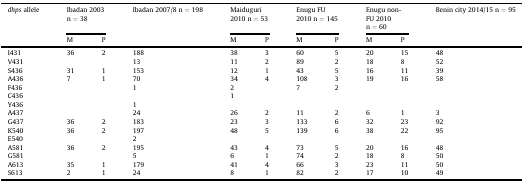
<table><thead><tr><td rowspan="2"><b><i>dhps</i> allele</b></td><td colspan="2"><b>Ibadan 2003 n = 38</b></td><td rowspan="2"><b>Ibadan 2007/8 n = 198</b></td><td colspan="2"><b>Maiduguri 2010 n = 53</b></td><td colspan="2"><b>Enugu FU 2010 n = 145</b></td><td colspan="2"><b>Enugu non-FU 2010 n = 60</b></td><td rowspan="2"><b>Benin city 2014/15 n = 95</b></td></tr><tr><td><b>M</b></td><td><b>P</b></td><td><b>M</b></td><td><b>P</b></td><td><b>M</b></td><td><b>P</b></td><td><b>M</b></td><td><b>P</b></td></tr></thead><tbody><tr><td>I431</td><td>36</td><td>2</td><td>188</td><td>38</td><td>3</td><td>60</td><td>5</td><td>20</td><td>15</td><td>48</td></tr><tr><td>V431</td><td>[EMPTY_CELL]</td><td>[EMPTY_CELL]</td><td>13</td><td>11</td><td>2</td><td>89</td><td>2</td><td>18</td><td>8</td><td>52</td></tr><tr><td>S436</td><td>31</td><td>1</td><td>153</td><td>12</td><td>1</td><td>43</td><td>5</td><td>16</td><td>11</td><td>39</td></tr><tr><td>A436</td><td>7</td><td>1</td><td>70</td><td>34</td><td>4</td><td>108</td><td>3</td><td>19</td><td>16</td><td>58</td></tr><tr><td>F436</td><td>[EMPTY_CELL]</td><td>[EMPTY_CELL]</td><td>1</td><td>2</td><td>[EMPTY_CELL]</td><td>7</td><td>2</td><td>[EMPTY_CELL]</td><td>[EMPTY_CELL]</td><td>[EMPTY_CELL]</td></tr><tr><td>C436</td><td>[EMPTY_CELL]</td><td>[EMPTY_CELL]</td><td>[EMPTY_CELL]</td><td>1</td><td>[EMPTY_CELL]</td><td>[EMPTY_CELL]</td><td>[EMPTY_CELL]</td><td>[EMPTY_CELL]</td><td>[EMPTY_CELL]</td><td>[EMPTY_CELL]</td></tr><tr><td>Y436</td><td>[EMPTY_CELL]</td><td>[EMPTY_CELL]</td><td>1</td><td>[EMPTY_CELL]</td><td>[EMPTY_CELL]</td><td>[EMPTY_CELL]</td><td>[EMPTY_CELL]</td><td>[EMPTY_CELL]</td><td>[EMPTY_CELL]</td><td>[EMPTY_CELL]</td></tr><tr><td>A437</td><td>[EMPTY_CELL]</td><td>[EMPTY_CELL]</td><td>24</td><td>26</td><td>2</td><td>11</td><td>2</td><td>6</td><td>1</td><td>3</td></tr><tr><td>G437</td><td>36</td><td>2</td><td>183</td><td>23</td><td>3</td><td>133</td><td>6</td><td>32</td><td>23</td><td>92</td></tr><tr><td>K540</td><td>36</td><td>2</td><td>197</td><td>48</td><td>5</td><td>139</td><td>6</td><td>38</td><td>22</td><td>95</td></tr><tr><td>E540</td><td>[EMPTY_CELL]</td><td>[EMPTY_CELL]</td><td>2</td><td>[EMPTY_CELL]</td><td>[EMPTY_CELL]</td><td>[EMPTY_CELL]</td><td>[EMPTY_CELL]</td><td>[EMPTY_CELL]</td><td>[EMPTY_CELL]</td><td>[EMPTY_CELL]</td></tr><tr><td>A581</td><td>36</td><td>2</td><td>195</td><td>43</td><td>4</td><td>73</td><td>5</td><td>20</td><td>16</td><td>48</td></tr><tr><td>G581</td><td>[EMPTY_CELL]</td><td>[EMPTY_CELL]</td><td>5</td><td>6</td><td>1</td><td>74</td><td>2</td><td>18</td><td>8</td><td>50</td></tr><tr><td>A613</td><td>35</td><td>1</td><td>179</td><td>41</td><td>4</td><td>66</td><td>3</td><td>23</td><td>11</td><td>50</td></tr><tr><td>S613</td><td>2</td><td>1</td><td>24</td><td>8</td><td>1</td><td>82</td><td>2</td><td>17</td><td>10</td><td>49</td></tr></tbody></table>